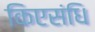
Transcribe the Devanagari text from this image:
किएसंधि